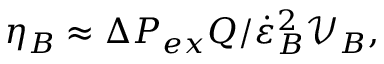
\eta _ { B } \approx \Delta P _ { e x } Q / \dot { \varepsilon } _ { B } ^ { 2 } \mathcal { V } _ { B } ,